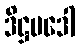
ဒိဋ္ဌပဒေါ